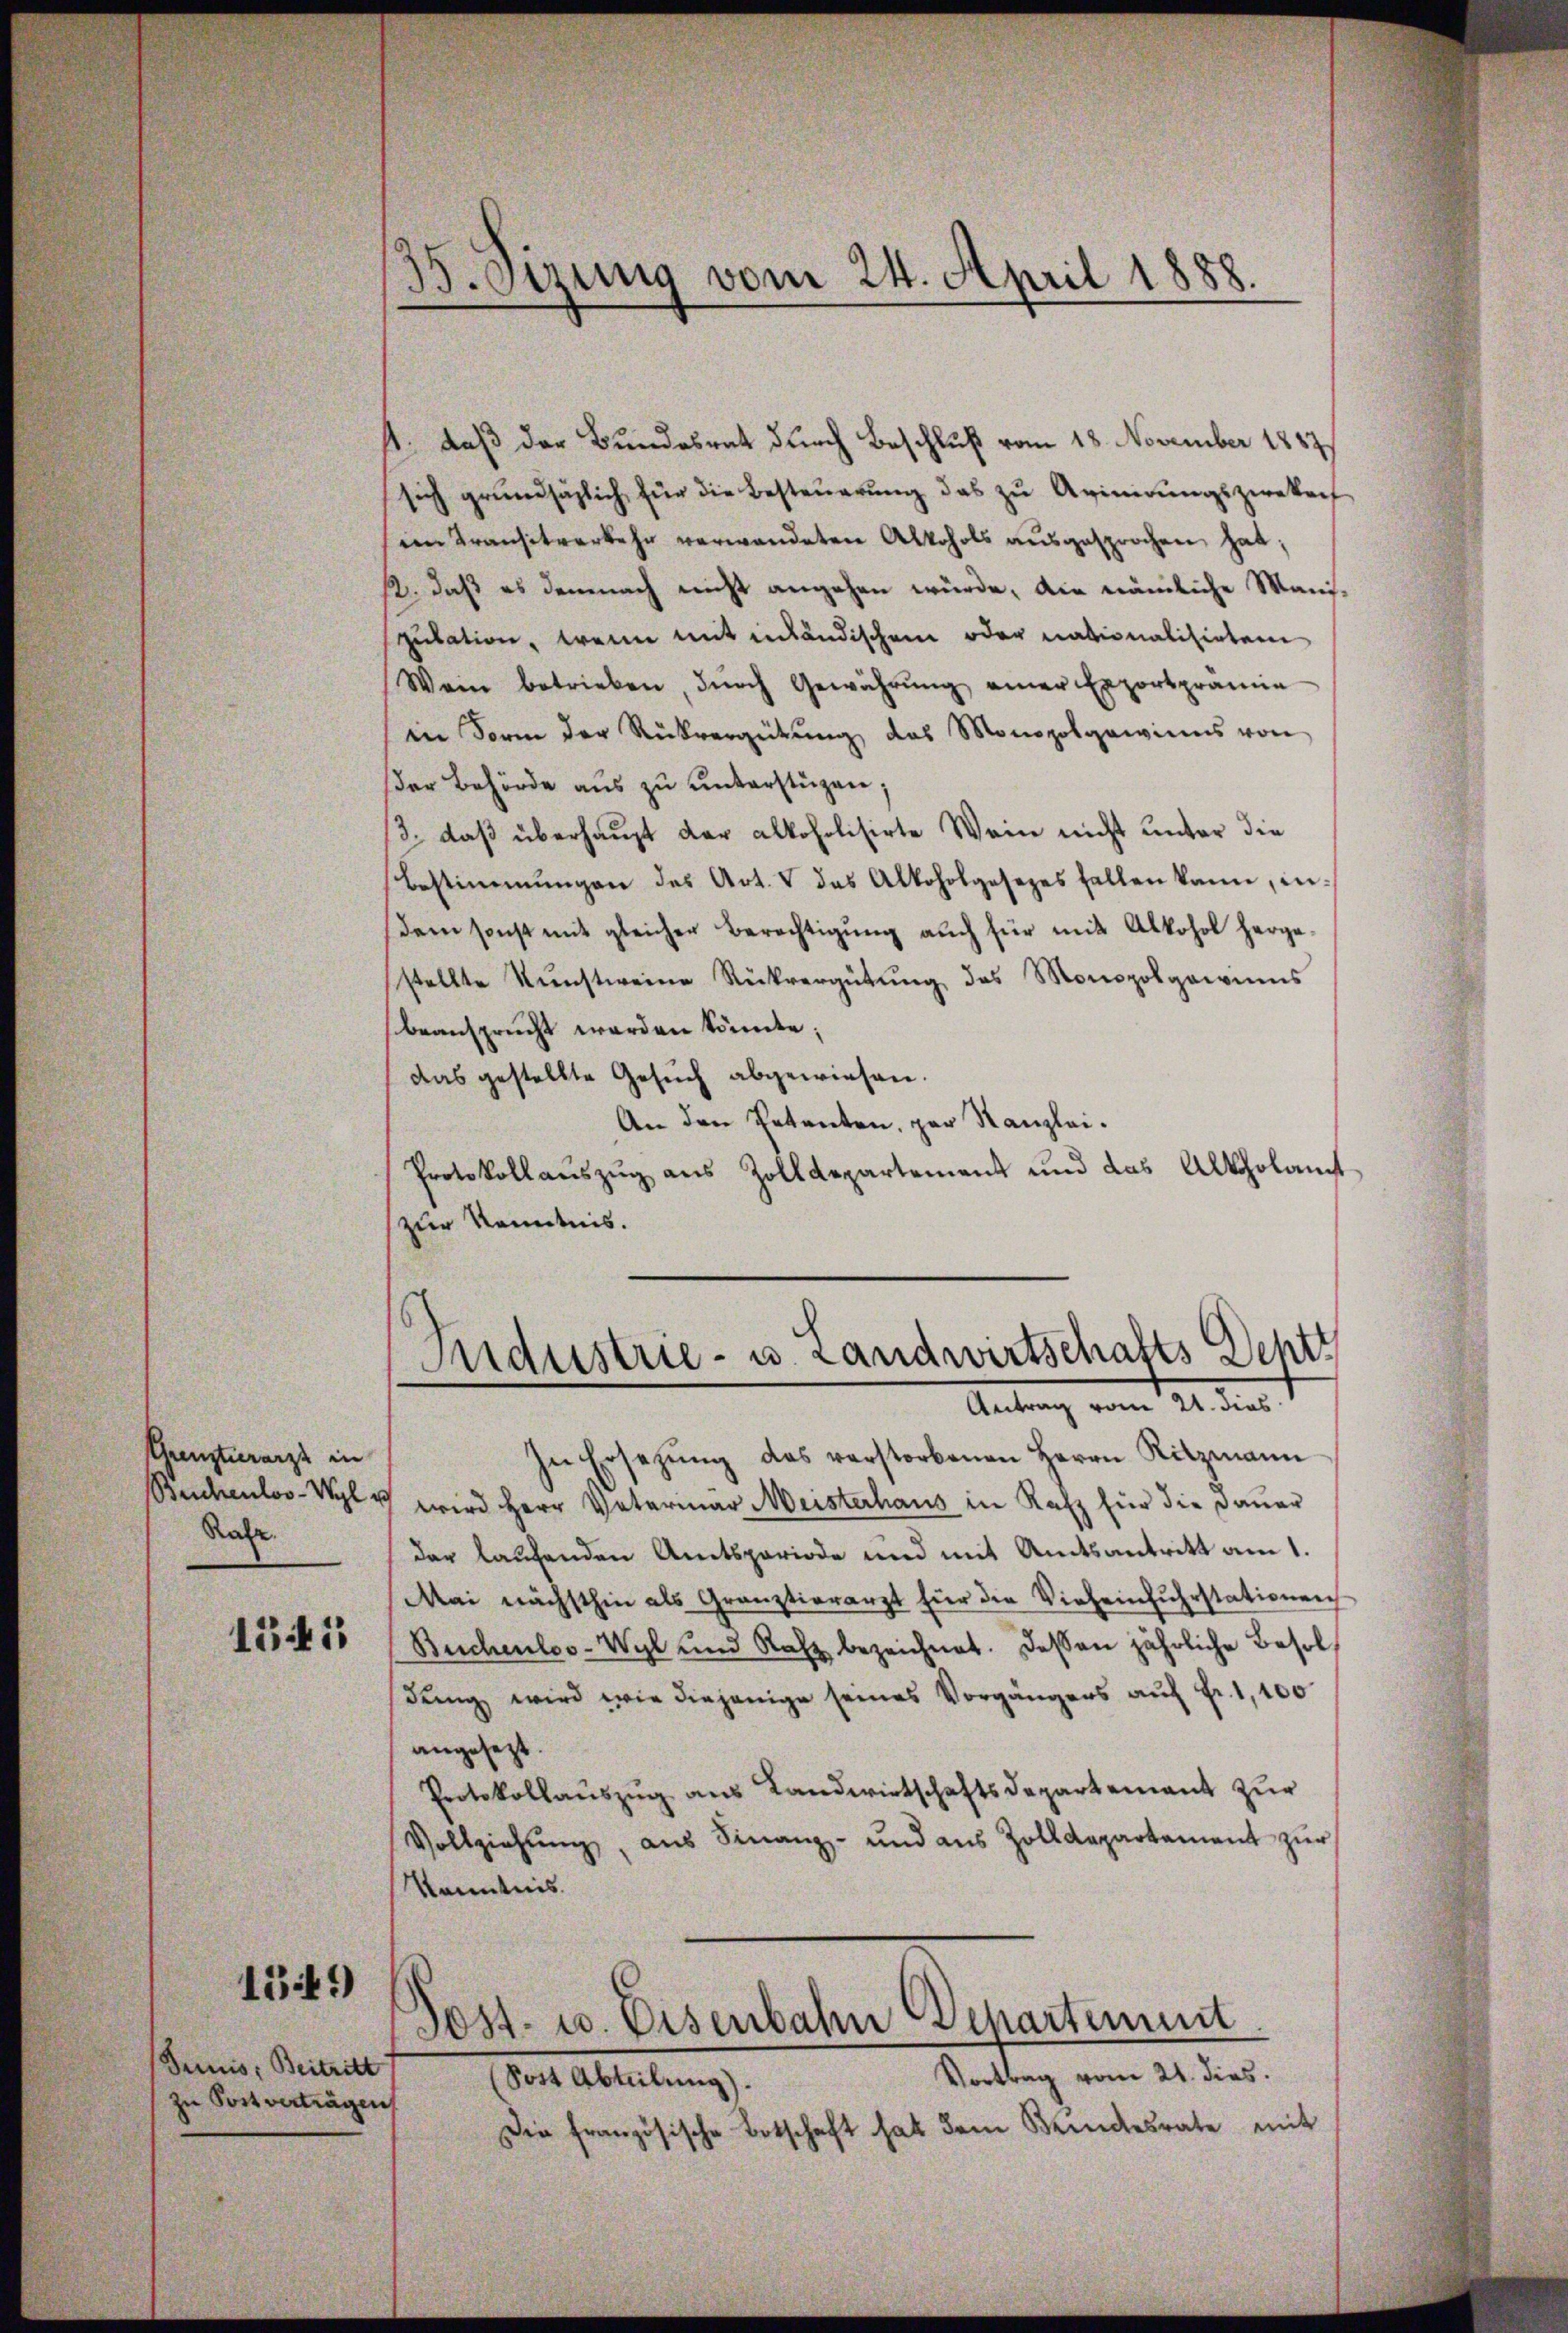
Uhrenstierarzt in
Beichenlos -Wyl v
Ratz.

1341

1349)

Junis: Beitritt
zu Postverträgen

35. Sizung vom 24. April 1888.

s. daß der Bundesrat durch Beschluß vom 18. November 1887
sich grundsätzlich für die Besteuerung das zu Avinirungszwekeif
im Transitverkehr verwendeten Alkohols aŭsgesprochen hat;
12., daß es demnach nicht angehen würde, die nämliche Mansputation, wenn mit inländischem oder nationalisirten
Wein betrieben, dŭrch Gewährŭng einer Exportpramie
in Form der Rückvergütŭng das Monopol gewinns von
der Behörde aus zu unterstüzen.
/3. daβ überhaupt der alkoholisirte Wein nicht unter die
Bestimmungen des Art. V das Alkoholgesezes fallen kann, in-
dem sonst mit gleicher Berechtigŭng aŭch für mit Alkohol herge-
stellte Kŭnstweine Rückvergütŭng des Monopol gewinns
beansprucht werden könnte;
Das gestellte Gesŭch abgewiesen.
An den Petenten, par Kanzlei.
Protokoll aŭszŭg aŭs Zolldepartement und das Altholamt
zur Kenntnis.

Sndustrie - u. Landwirtschafts Dehtt
Antrag vom 121. dies

In Ersetzŭng des verstorbenen Herrn Ritzmann
wird Herr Vaterinar Meisterhaus in Rafz für die Dauer
dar laufenden Amtsperiode und mit Amtsantritt am 1.
Mai nächsthin als Granztierarzt für die Vieheinfŭhrstationen
Buchenloo-Wyl und Rafz bezeichnet. Dessen jährliche Besoldung wird wie diejenige seines Vorgängers auf Fr. 1,100
angesezt.
Protokollauszug aus Landwirtschaftsdepartement zur
Vollziehung, aus Finanz- und aus Zolldepartament zur
Kenntnis
Post- u. Eisenbahn Departement
Vortrag vom 21. dies
(Sost Abteilung).
Die französische Botschaft hat dem Kindesrate mit